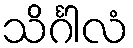
သိင်္ဂါလံ